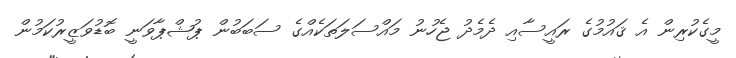
މީގެކުރިން އެ ޤައުމުގެ ރައީސާއި ދެމެދު ޖެހުނު މައްސަލަތަކެއްގެ ސަބަބުން ޕުޝްޕާވަނީ ބޮޑުވަޒީރުކަމުން